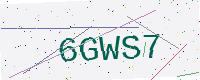
Text: 6GWS7